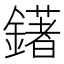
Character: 鐯